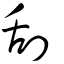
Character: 刮